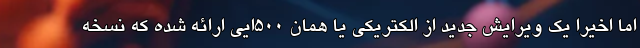
اما اخیرا یک ویرایش جدید از الکتریکی یا همان 500ایی ارائه شده که نسخه